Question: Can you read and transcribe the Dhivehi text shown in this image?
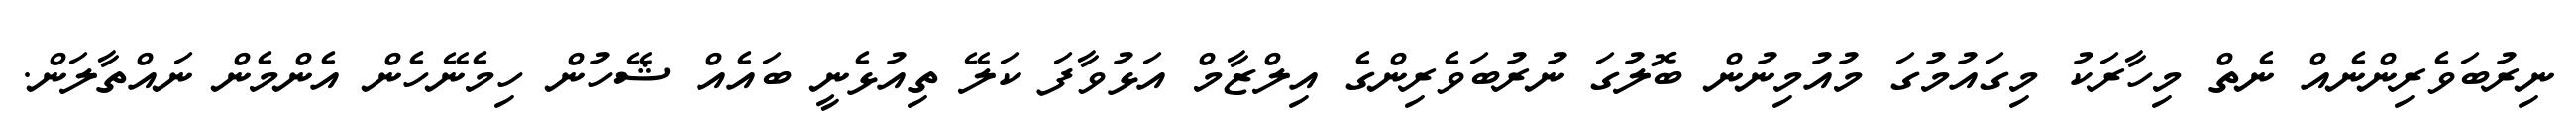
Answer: ނިރުބަވެރިންނެއް ނެތް މިހާރަކު މިގައުމުގަ މުއުމިނުން ބޮލުގަ ނުރުބަވެރިންގެ އިލްޒާމް އަޅުވާފަ ކަލޭ ތިއުޅެނީ ބައެއް ޝޭހުން ހިމެނޭހެން އެންމެން ނައްތާލަން.